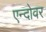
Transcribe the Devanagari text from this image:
एन्दोवर